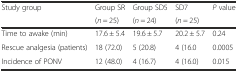
<table><thead><tr><td rowspan="2"><b>Study group</b></td><td><b>Group SR</b></td><td><b>Group SD5</b></td><td><b>SD7</b></td><td rowspan="2"><b><i>P</i> value</b></td></tr><tr><td><b>(<i>n</i> = 25)</b></td><td><b>(<i>n</i> = 24)</b></td><td><b>(<i>n</i> = 25)</b></td></tr></thead><tbody><tr><td>Time to awake (min)</td><td>17.6 ± 5.4</td><td>19.6 ± 5.7</td><td>20.2 ± 5.7</td><td>0.24</td></tr><tr><td>Rescue analgesia (patients)</td><td>18 (72.0)</td><td>5 (20.8)</td><td>4 (16.0</td><td>0.0005</td></tr><tr><td>Incidence of PONV</td><td>12 (48.0)</td><td>4 (16.7)</td><td>4 (16.0)</td><td>0.015</td></tr></tbody></table>